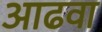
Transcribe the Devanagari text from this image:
आढवा